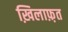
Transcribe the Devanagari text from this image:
ख़िलाफ़़त